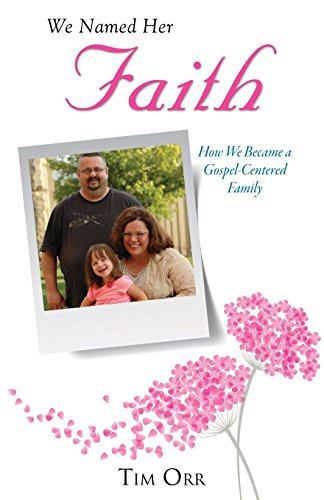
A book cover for We Named Her Faith; Tim Orr; Biographies & Memoirs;